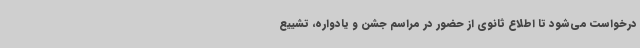
درخواست می‌شود تا اطلاع ثانوی از حضور در مراسم جشن و یادواره، تشییع